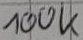
Text: 100K